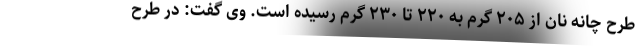
طرح چانه نان از ۲۰۵ گرم به ۲۲۰ تا ۲۳۰ گرم رسیده است. وی گفت: در طرح